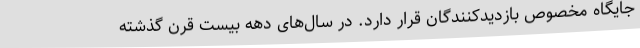
جایگاه مخصوص بازدیدکنندگان قرار دارد. در سال‌های دهه بیست قرن گذشته